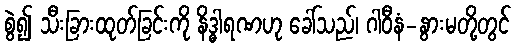
စွဲ၍ သီးခြားထုတ်ခြင်းကို နိဒ္ဓါရဏဟု ခေါ်သည်၊ ဂါဝီနံ-နွားမတို့တွင်